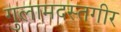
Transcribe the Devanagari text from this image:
गुलामदस्तगीर